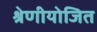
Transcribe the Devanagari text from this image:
श्रेणीयोजित